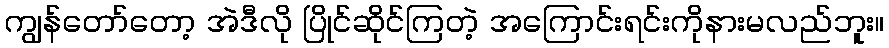
ကျွန်တော်တော့ အဲဒီလို ပြိုင်ဆိုင်ကြတဲ့ အကြောင်းရင်းကိုနားမလည်ဘူး။